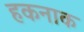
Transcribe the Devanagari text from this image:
हकनाक